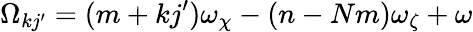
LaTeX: \Omega_{kj^{\prime}}=(m+kj^{\prime})\omega_{\chi}-(n-Nm)\omega_{\zeta}+\omega